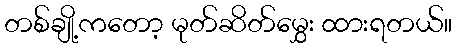
တစ်ချို့ကတော့ မုတ်ဆိတ်မွှေး ထားရတယ်။